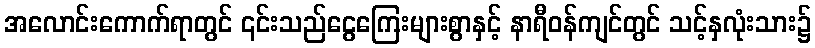
အလောင်းကောက်ရာတွင် ၎င်းသည်ငွေကြေးများစွာနှင့် နာရီဝန်ကျင်တွင် သင့်နှလုံးသား၌